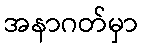
အနာဂတ်မှာ